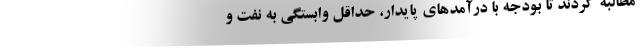
مطالبه کردند تا بودجه با درآمدهای پایدار، حداقل وابستگی به نفت و